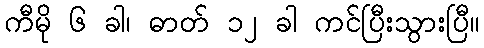
ကီမို ၆ ခါ၊ ဓာတ် ၁၂ ခါ ကင်ပြီးသွားပြီ။